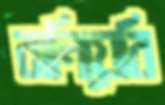
রানিয়েরি